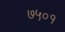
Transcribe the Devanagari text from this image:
७५०१